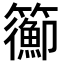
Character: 𥷉